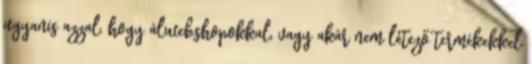
ugyanis azzal, hogy álwebshopokkal, vagy akár nem létező termékekkel